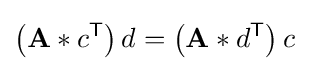
\left(\mathbf {A} \ast c^{\textsf {T}}\right)d=\left(\mathbf {A} \ast d^{\textsf {T}}\right)c